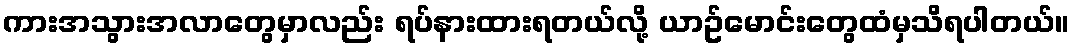
ကားအသွားအလာတွေမှာလည်း ရပ်နားထားရတယ်လို့ ယာဥ်မောင်းတွေထံမှသိရပါတယ်။